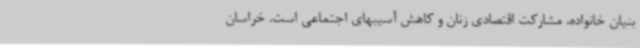
بنیان خانواده، مشارکت اقتصادی زنان و کاهش آسیبهای اجتماعی است. خراسان